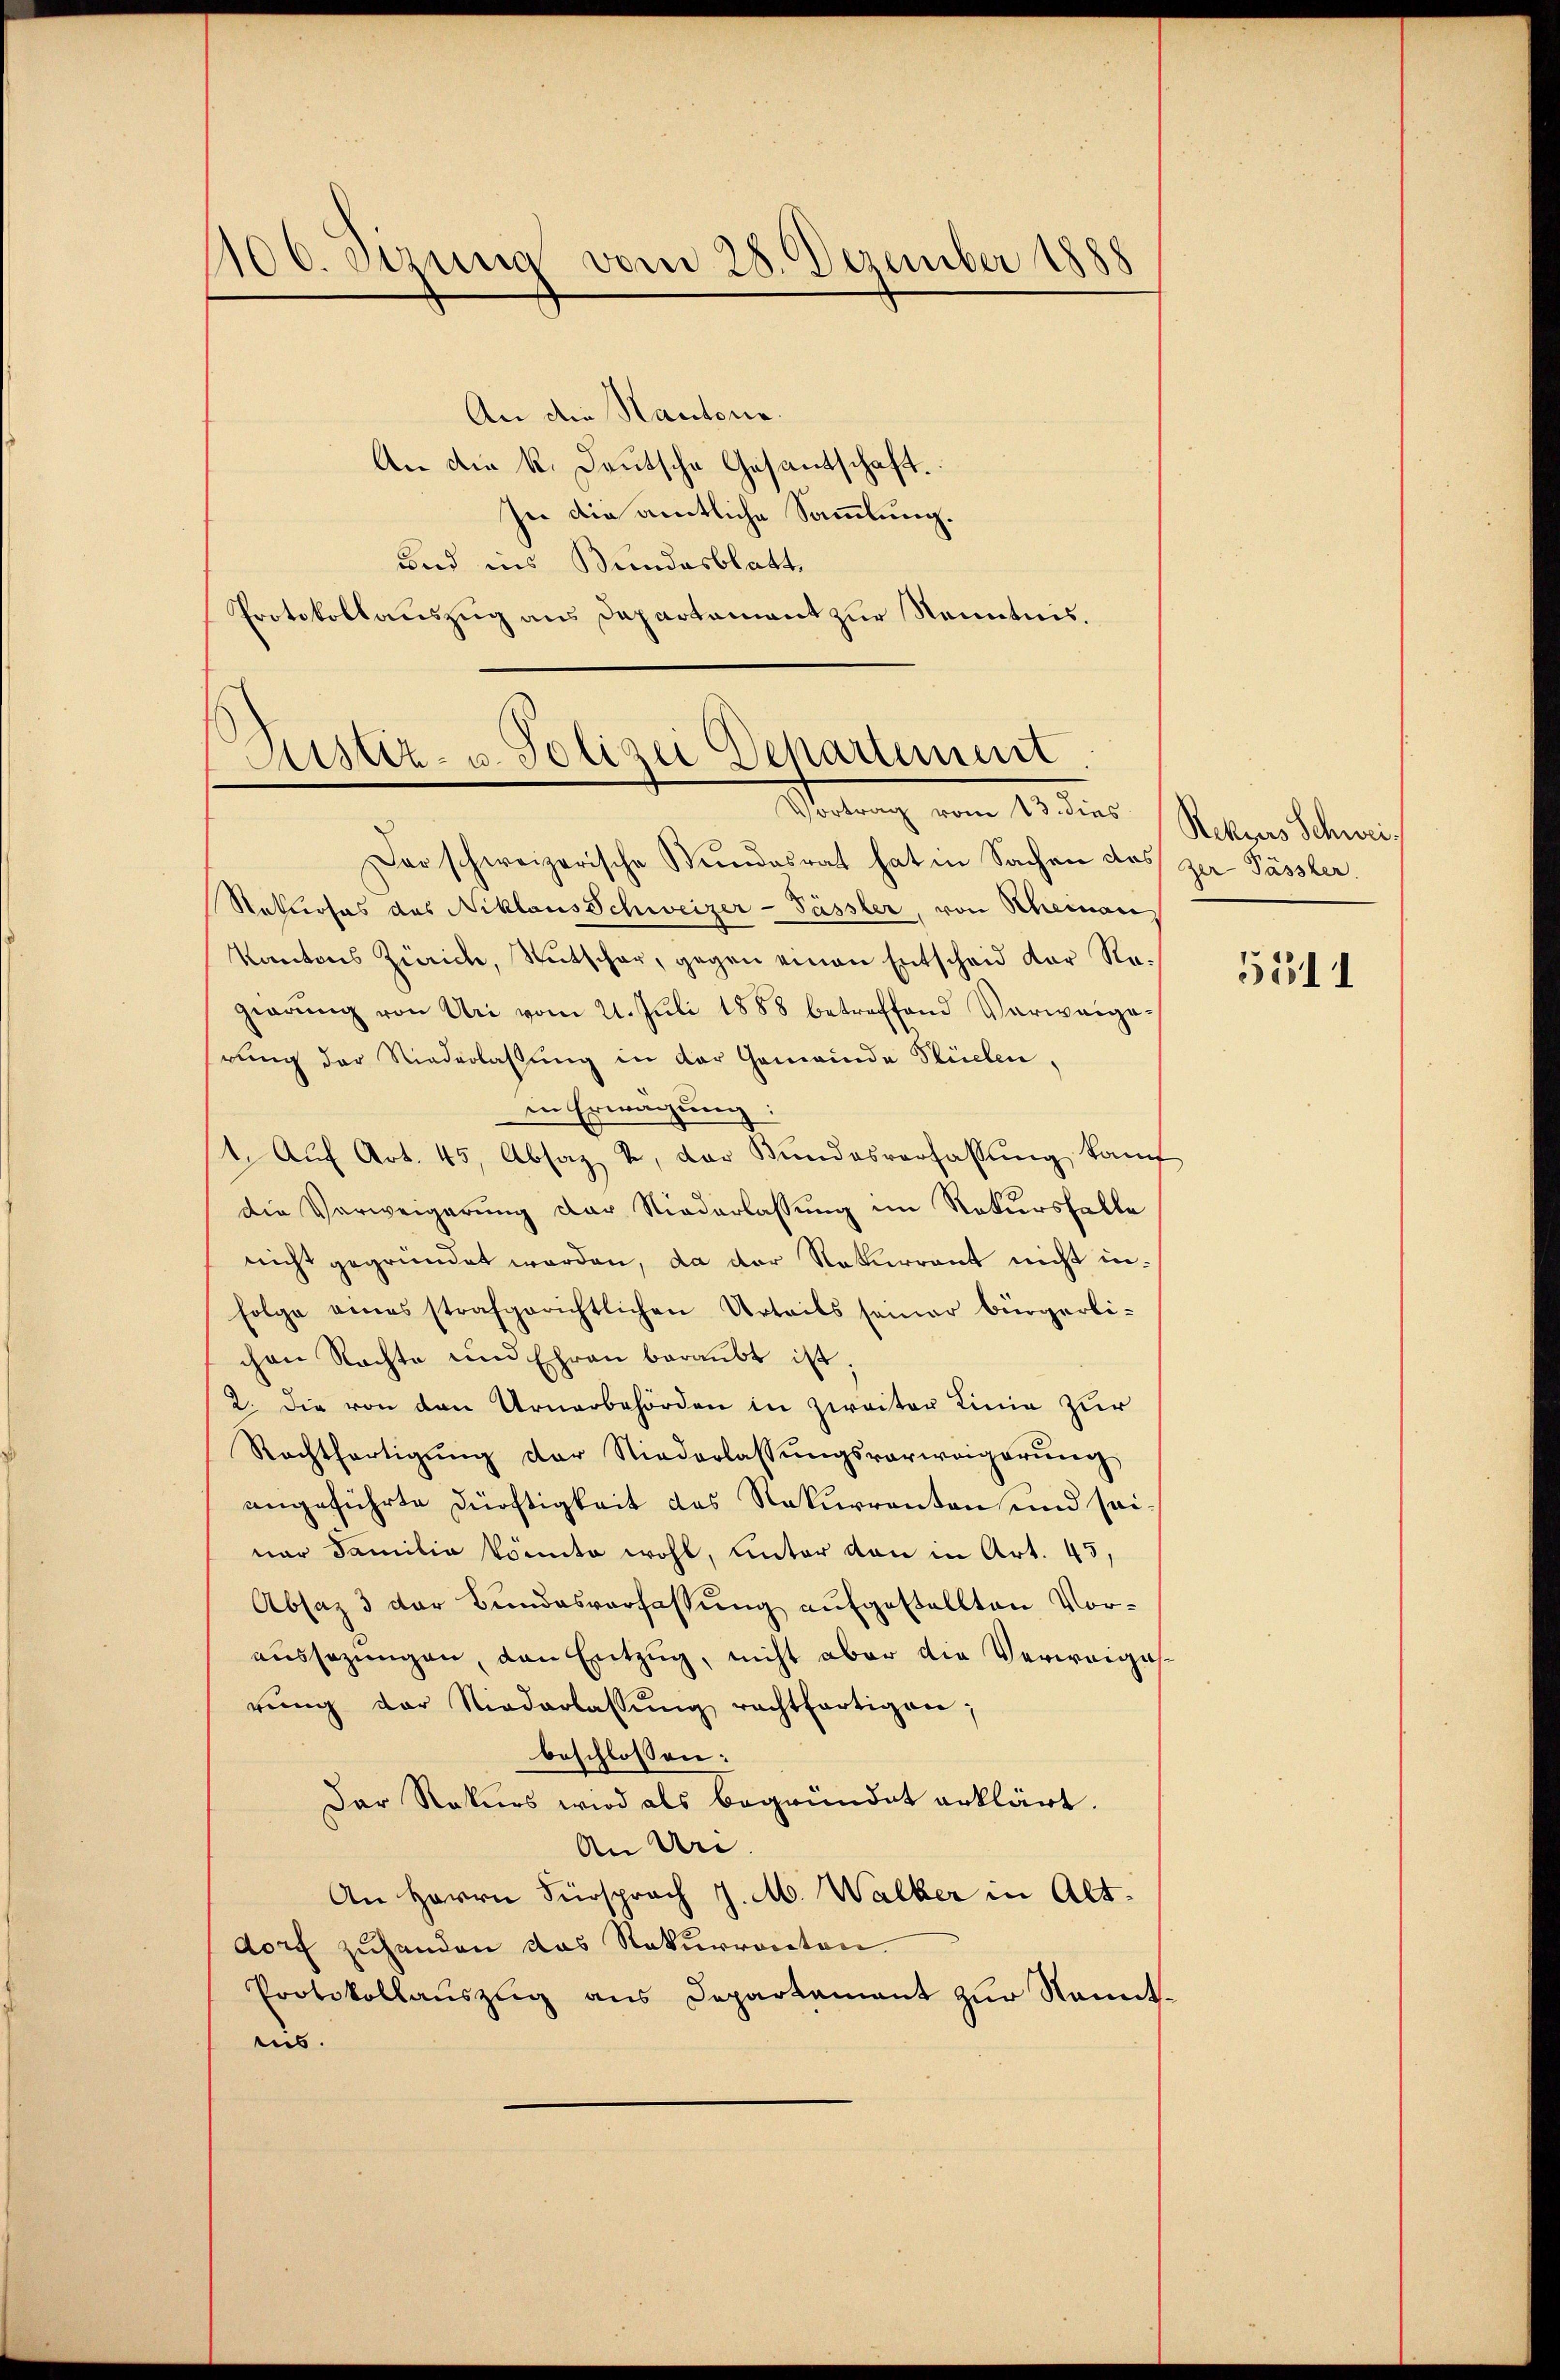
1100. etzung vom 28. Dezember 1888

An die Kantona
An die k. Deutsche Gesantschaft.
In die amtliche Sammlung.
und ins Bundesblatt,
Protokollauszug aus Departement zur Kenntnis.

Astiz- u. Polizei Departement
Vortrag vom 13. dies (Rektors Schwei-

Der schweizerische Stundesrat hat in Sachen das zur Pässler.
Ratloses des Niklaus Schweizer-Fässler, von Scheman
Kantons Zürich, Rutschar, gegen einen Entscheid der Regearŭng von Uri vom 21. Jŭli 1888 betreffend Verweige-
rŭng der Niederlassŭng in der Gemeinde Stücken,
in Erwägung:
1. Aŭf Art. 45, Absaz u. der Bŭndesverfassŭng kauf
die Verweigerung der Niederlassung im Rekursfalle
nicht gegründet werden, da der Naturrent nicht in¬
Folge eines strafgerichtlichen Urteils seiner bürgerlichen Nachte und Ehren beraubt ist.
2. Die von den Urnerbehörden in zweiter Linie zur
Rechtfertigŭng der Niederlassŭngsverweigerŭng
angeführte Dürftigkeit des Rekurrenten und sei
ner Familia könnte wohl, unter von in Art. 45,
Absaz 3 der Bundesverfassung aufgestellten Voraŭssazungen, den Entzug, nicht aber die Verweige
rŭng der Niederlassŭng rechtfertigen;
beschlossen:
Der Rekurs wird als begründet erklärt.
An Uri
An Herrn Fürsprach J. M. Walker in Alt-
dorf zuhanden das Rekurrecten.
Protokollauszug aus Departament zur Kenntins.

5511